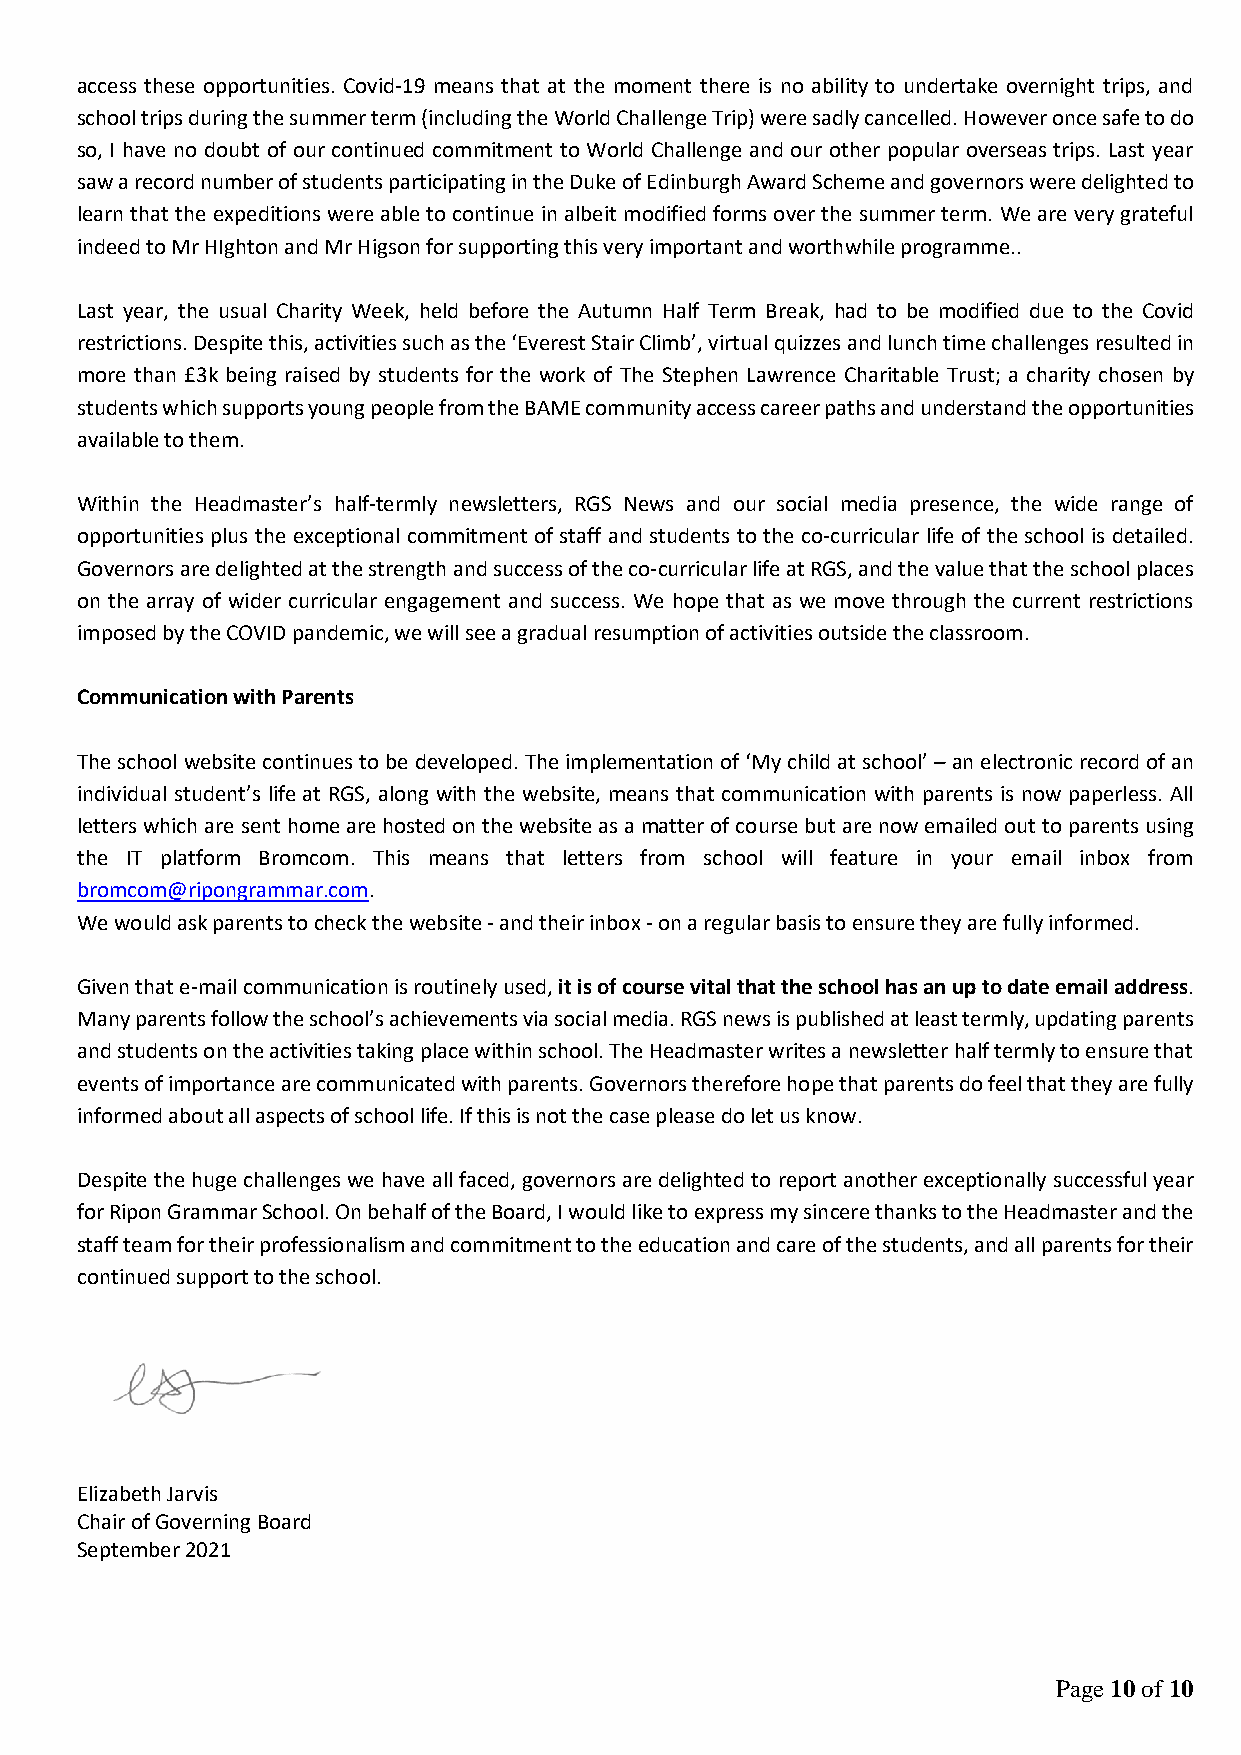
access these opportunities. Covid-19 means that at the moment there is no ability to undertake overnight trips, and
 school trips during the summer term (including the World Challenge Trip) were sadly cancelled. However once safe to do
 so, I have no doubt of our continued commitment to World Challenge and our other popular overseas trips. Last year
 saw a record number of students participating in the Duke of Edinburgh Award Scheme and governors were delighted to
 learn that the expeditions were able to continue in albeit modified forms over the summer term. We are very grateful
 indeed to Mr HIghton and Mr Higson for supporting this very important and worthwhile programme..
 Last year, the usual Charity Week, held before the Autumn Half Term Break, had to be modified due to the Covid
 restrictions. Despite this, activities such as the ‘Everest Stair Climb’, virtual quizzes and lunch time challenges resulted in
 more than £3k being raised by students for the work of The Stephen Lawrence Charitable Trust; a charity chosen by
 students which supports young people from the BAME community access career paths and understand the opportunities
 available to them.
 Within the Headmaster’s half-termly newsletters, RGS News and our social media presence, the wide range of
 opportunities plus the exceptional commitment of staff and students to the co-curricular life of the school is detailed.
 Governors are delighted at the strength and success of the co-curricular life at RGS, and the value that the school places
 on the array of wider curricular engagement and success. We hope that as we move through the current restrictions
 imposed by the COVID pandemic, we will see a gradual resumption of activities outside the classroom.
 Communication with Parents
 The school website continues to be developed. The implementation of ‘My child at school’ – an electronic record of an
 individual student’s life at RGS, along with the website, means that communication with parents is now paperless. All
 letters which are sent home are hosted on the website as a matter of course but are now emailed out to parents using
 the IT platform Bromcom. This means that letters from school will feature in your email inbox from
 bromcom@ripongrammar.com.
 We would ask parents to check the website - and their inbox - on a regular basis to ensure they are fully informed.
 Given that e-mail communication is routinely used, it is of course vital that the school has an up to date email address.
 Many parents follow the school’s achievements via social media. RGS news is published at least termly, updating parents
 and students on the activities taking place within school. The Headmaster writes a newsletter half termly to ensure that
 events of importance are communicated with parents. Governors therefore hope that parents do feel that they are fully
 informed about all aspects of school life. If this is not the case please do let us know.
 Despite the huge challenges we have all faced, governors are delighted to report another exceptionally successful year
 for Ripon Grammar School. On behalf of the Board, I would like to express my sincere thanks to the Headmaster and the
 staff team for their professionalism and commitment to the education and care of the students, and all parents for their
 continued support to the school.
 Elizabeth Jarvis
 Chair of Governing Board
 September 2021
 Page 10 of 10